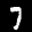
Label: 7